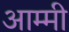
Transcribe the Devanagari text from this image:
आम्मी